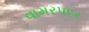
વામરપદર